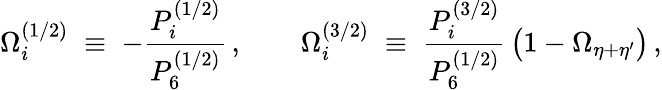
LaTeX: \Omega_{i}^{(1/2)}\; \equiv\; -\frac{P_{i}^{(1/2)}}{P_{6}^{(1/2)}}\, ,\qquad\Omega_{i}^{(3/2)}\; \equiv\; \frac{P_{i}^{(3/2)}}{P_{6}^{(1/2)}}\, \big(1-\Omega_{\eta+\eta^{\prime}}\big)\, ,